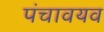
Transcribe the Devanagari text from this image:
पंचावयव